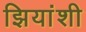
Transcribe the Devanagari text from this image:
झियांशी